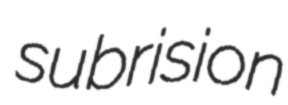
subrision